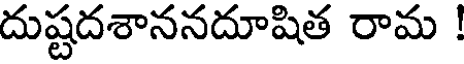
దుష్టదశాననదూషిత రామ !